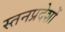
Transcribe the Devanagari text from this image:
स्तनप्रदेशों